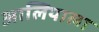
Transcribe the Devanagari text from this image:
आलियाला